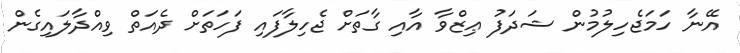
އޭނާ ހަމަޖެހިލުމުން ޝަދަފު ޢިޒްވާ އާއި ގާތަށް ޖެހިލާފައި ފަހަތަށް ދެއަތް ވިއްދާލައިގެން